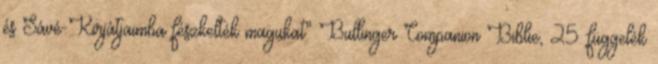
és Sávé-Kirjátjaimba fészkelték magukat" Bullinger Companion Biblie, 25. függelék